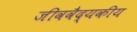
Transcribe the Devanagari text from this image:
जीववैद्यकीय